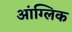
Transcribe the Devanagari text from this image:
आंग्लिक